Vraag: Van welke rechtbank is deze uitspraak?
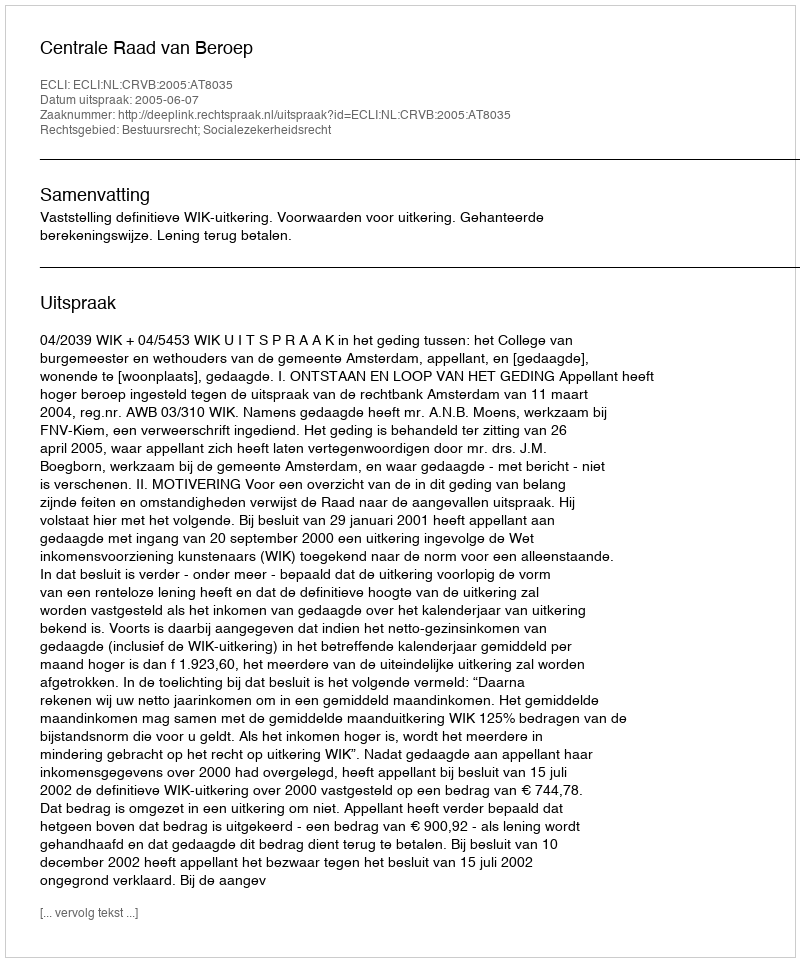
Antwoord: Centrale Raad van Beroep